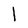
Character: 1